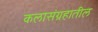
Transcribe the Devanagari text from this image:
कलासंग्रहातील